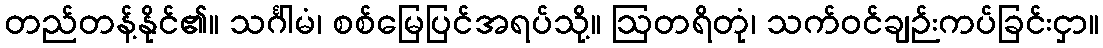
တည်တန့်နိုင်၏။ သင်္ဂါမံ၊ စစ်မြေပြင်အရပ်သို့။ ဩတရိတုံ၊ သက်ဝင်ချဉ်းကပ်ခြင်းငှာ။